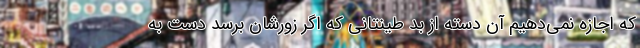
که اجازه نمی‌دهیم آن دسته از بد طینتانی که اگر زورشان برسد دست به